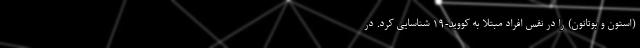
(استون و بوتانون) را در نفس افراد مبتلا به کووید-۱۹ شناسایی کرد. در